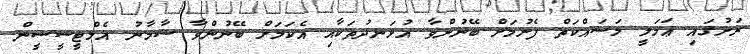
ރަށުގައި ޢަމަލީ މަސައްކަތް ފެށުމަށް ބޭނުންވާ އުޅަނދުތަކާއި އެކަމަށް ބޭނުންވާ ސާމާނު އެމްޓީސީސީން